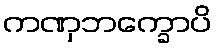
ကဏှဘက္ခောပိ